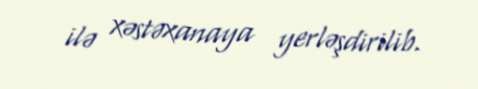
ilə xəstəxanaya yerləşdirilib.